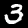
Digit: 3